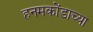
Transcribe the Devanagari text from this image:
हनमकोंडाच्या